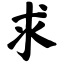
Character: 求